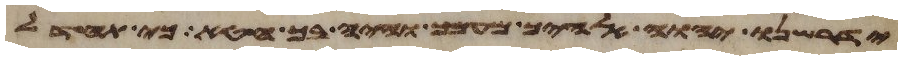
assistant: ידרשנו יהוה אלהיך מעמך והיה בך חטא וכי תחדל